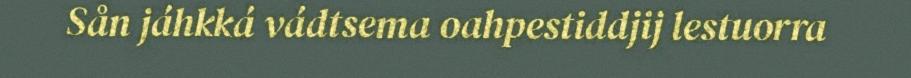
Sån jáhkká vádtsema oahpestiddjij lestuorra